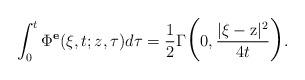
LaTeX: \begin{align*}\int_{0}^{t} \Phi^{\textbf{e}}(\xi,t;z,\tau)d\tau = \frac{1}{2} \Large{\Gamma}\Big(0,\frac{|\xi-\mathrm{z}|^2}{4t}\Big).\end{align*}